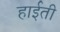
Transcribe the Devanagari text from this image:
हाईती